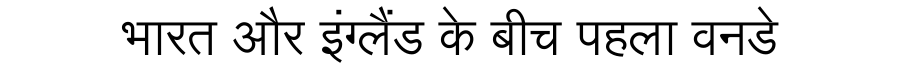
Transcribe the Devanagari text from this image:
भारत और इंग्लैंड के बीच पहला वनडे